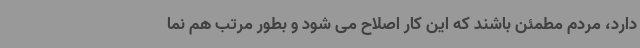
دارد، مردم مطمئن باشند که این کار اصلاح می شود و بطور مرتب هم نما